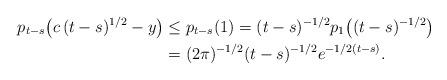
LaTeX: \begin{align*}p_{t-s}\bigl(c\,(t-s)^{1/2}-y\bigr)&\leq p_{t-s}(1)=(t-s)^{-1/2}p_{1}\bigl((t-s)^{-1/2}\bigr)\\&=(2\pi)^{-1/2}(t-s)^{-1/2}e^{-1/2(t-s)}.\end{align*}